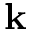
\bf k